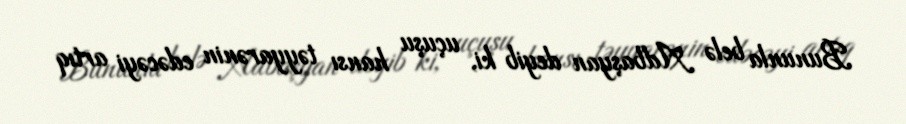
Bununla belə Adbaşyan deyib ki, uçuşu hansı təyyarənin edəcəyi artıq